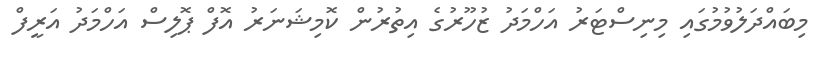
މިބައްދަލުވުމުގައި މިނިސްޓަރު އަހްމަދު ޒުހޫރުގެ އިތުރުން ކޮމިޝަނަރު އޮފް ޕޮލިސް އަހްމަދު އަރީފް